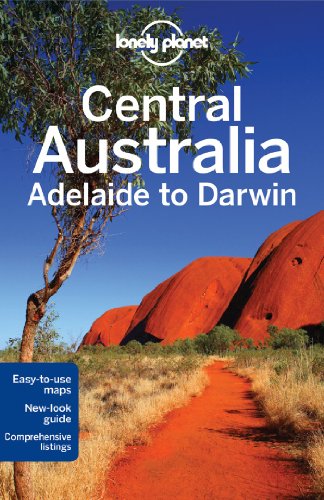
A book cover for Lonely Planet Central Australia - Adelaide to Darwin (Travel Guide); Lonely Planet; Travel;